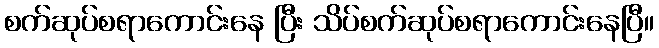
စက်ဆုပ်စရာကောင်းနေ ပြီး သိပ်စက်ဆုပ်စရာကောင်းနေပြီ။